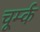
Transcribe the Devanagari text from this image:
चूर्म्क